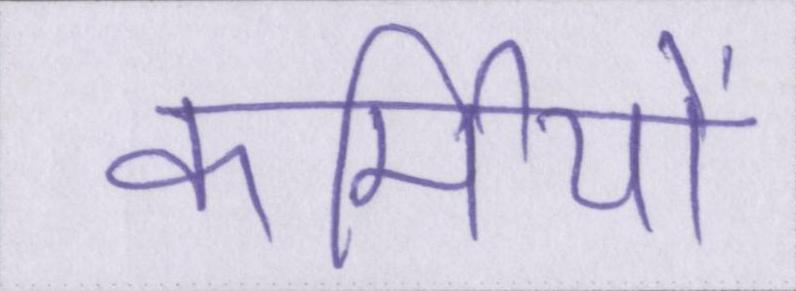
कर्मियों